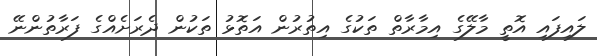
ލައިފައި އޮތީ މާލޭގެ އިމާރާތް ތަކުގެ އިތުރުން އަތޮޅު ތަކުން ދެރަށެއްގެ ފަރާތުންނޭ